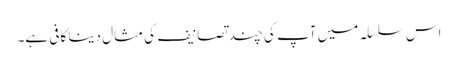
اس سلسلہ میں آپ کی چند تصانیف کی مثال دینا کافی ہے۔